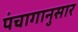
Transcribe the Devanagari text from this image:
पंंचागानुसार